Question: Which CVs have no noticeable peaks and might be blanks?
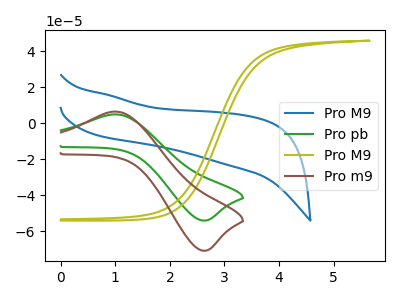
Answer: <think>The blue curve "Pro M9" has no peaks. The green curve "Pro pb" has an anodic peak at (1.00V, 5.00uA) and a cathodic peak at (2.60V, -54.05uA). The olive curve "Pro M9" has no peaks. The brown curve "Pro m9" has an anodic peak at (1.00V, 6.55uA) and a cathodic peak at (2.60V, -70.75uA).</think>
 <answer>"Pro M9" and "Pro M9" are likely to be blanks.</answer>
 <eval>"Pro M9", "Pro M9"</eval>